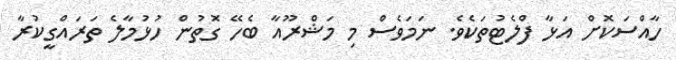
ހާއްސަކޮށް އަޅާ ފްލެޓުތަކެވެ. ނަމަވެސް މި މަޝްރޫއާ ބެހޭ ގޮތުން ހުޅުމާލެ ތަރައްގީކުރާ